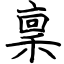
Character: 稟